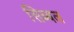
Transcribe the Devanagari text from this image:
सिब्‍बल